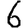
Digit: 6